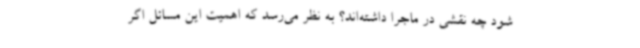
شود چه نقشی در ماجرا داشته‌اند؟ به نظر می‌رسد که اهمیت این مسائل اگر